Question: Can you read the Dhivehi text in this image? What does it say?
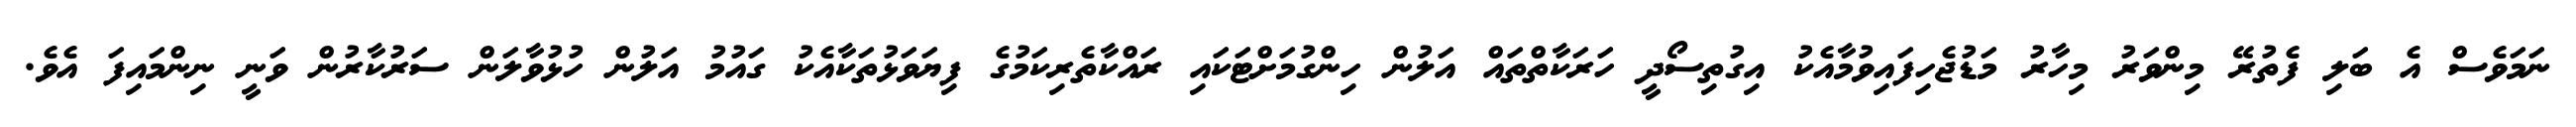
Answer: ނަމަވެސް އެ ބަލި ފެތުރޭ މިންވަރު މިހާރު މަޑުޖެހިފައިވުމާއެކު އިގުތިސޯދީ ހަރަކާތްތައް އަލުން ހިންގުމަށްޓަކައި ރައްކާތެރިކަމުގެ ފިޔަވަޅުތަކާއެކު ގައުމު އަލުން ހުޅުވާލަން ސަރުކާރުން ވަނީ ނިންމައިފަ އެވެ.